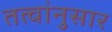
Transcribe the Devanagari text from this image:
तत्वांनुसार